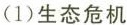
(1)生态危机